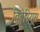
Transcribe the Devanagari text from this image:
तिबेरियुस